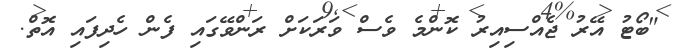
"ބޯޓު އޭރު ޖެއްސިއިރު ކޮންމެ ވެސް ވަރަކަށް ރަންވޭގައި ފެން ހެދިފައި އޮތް.